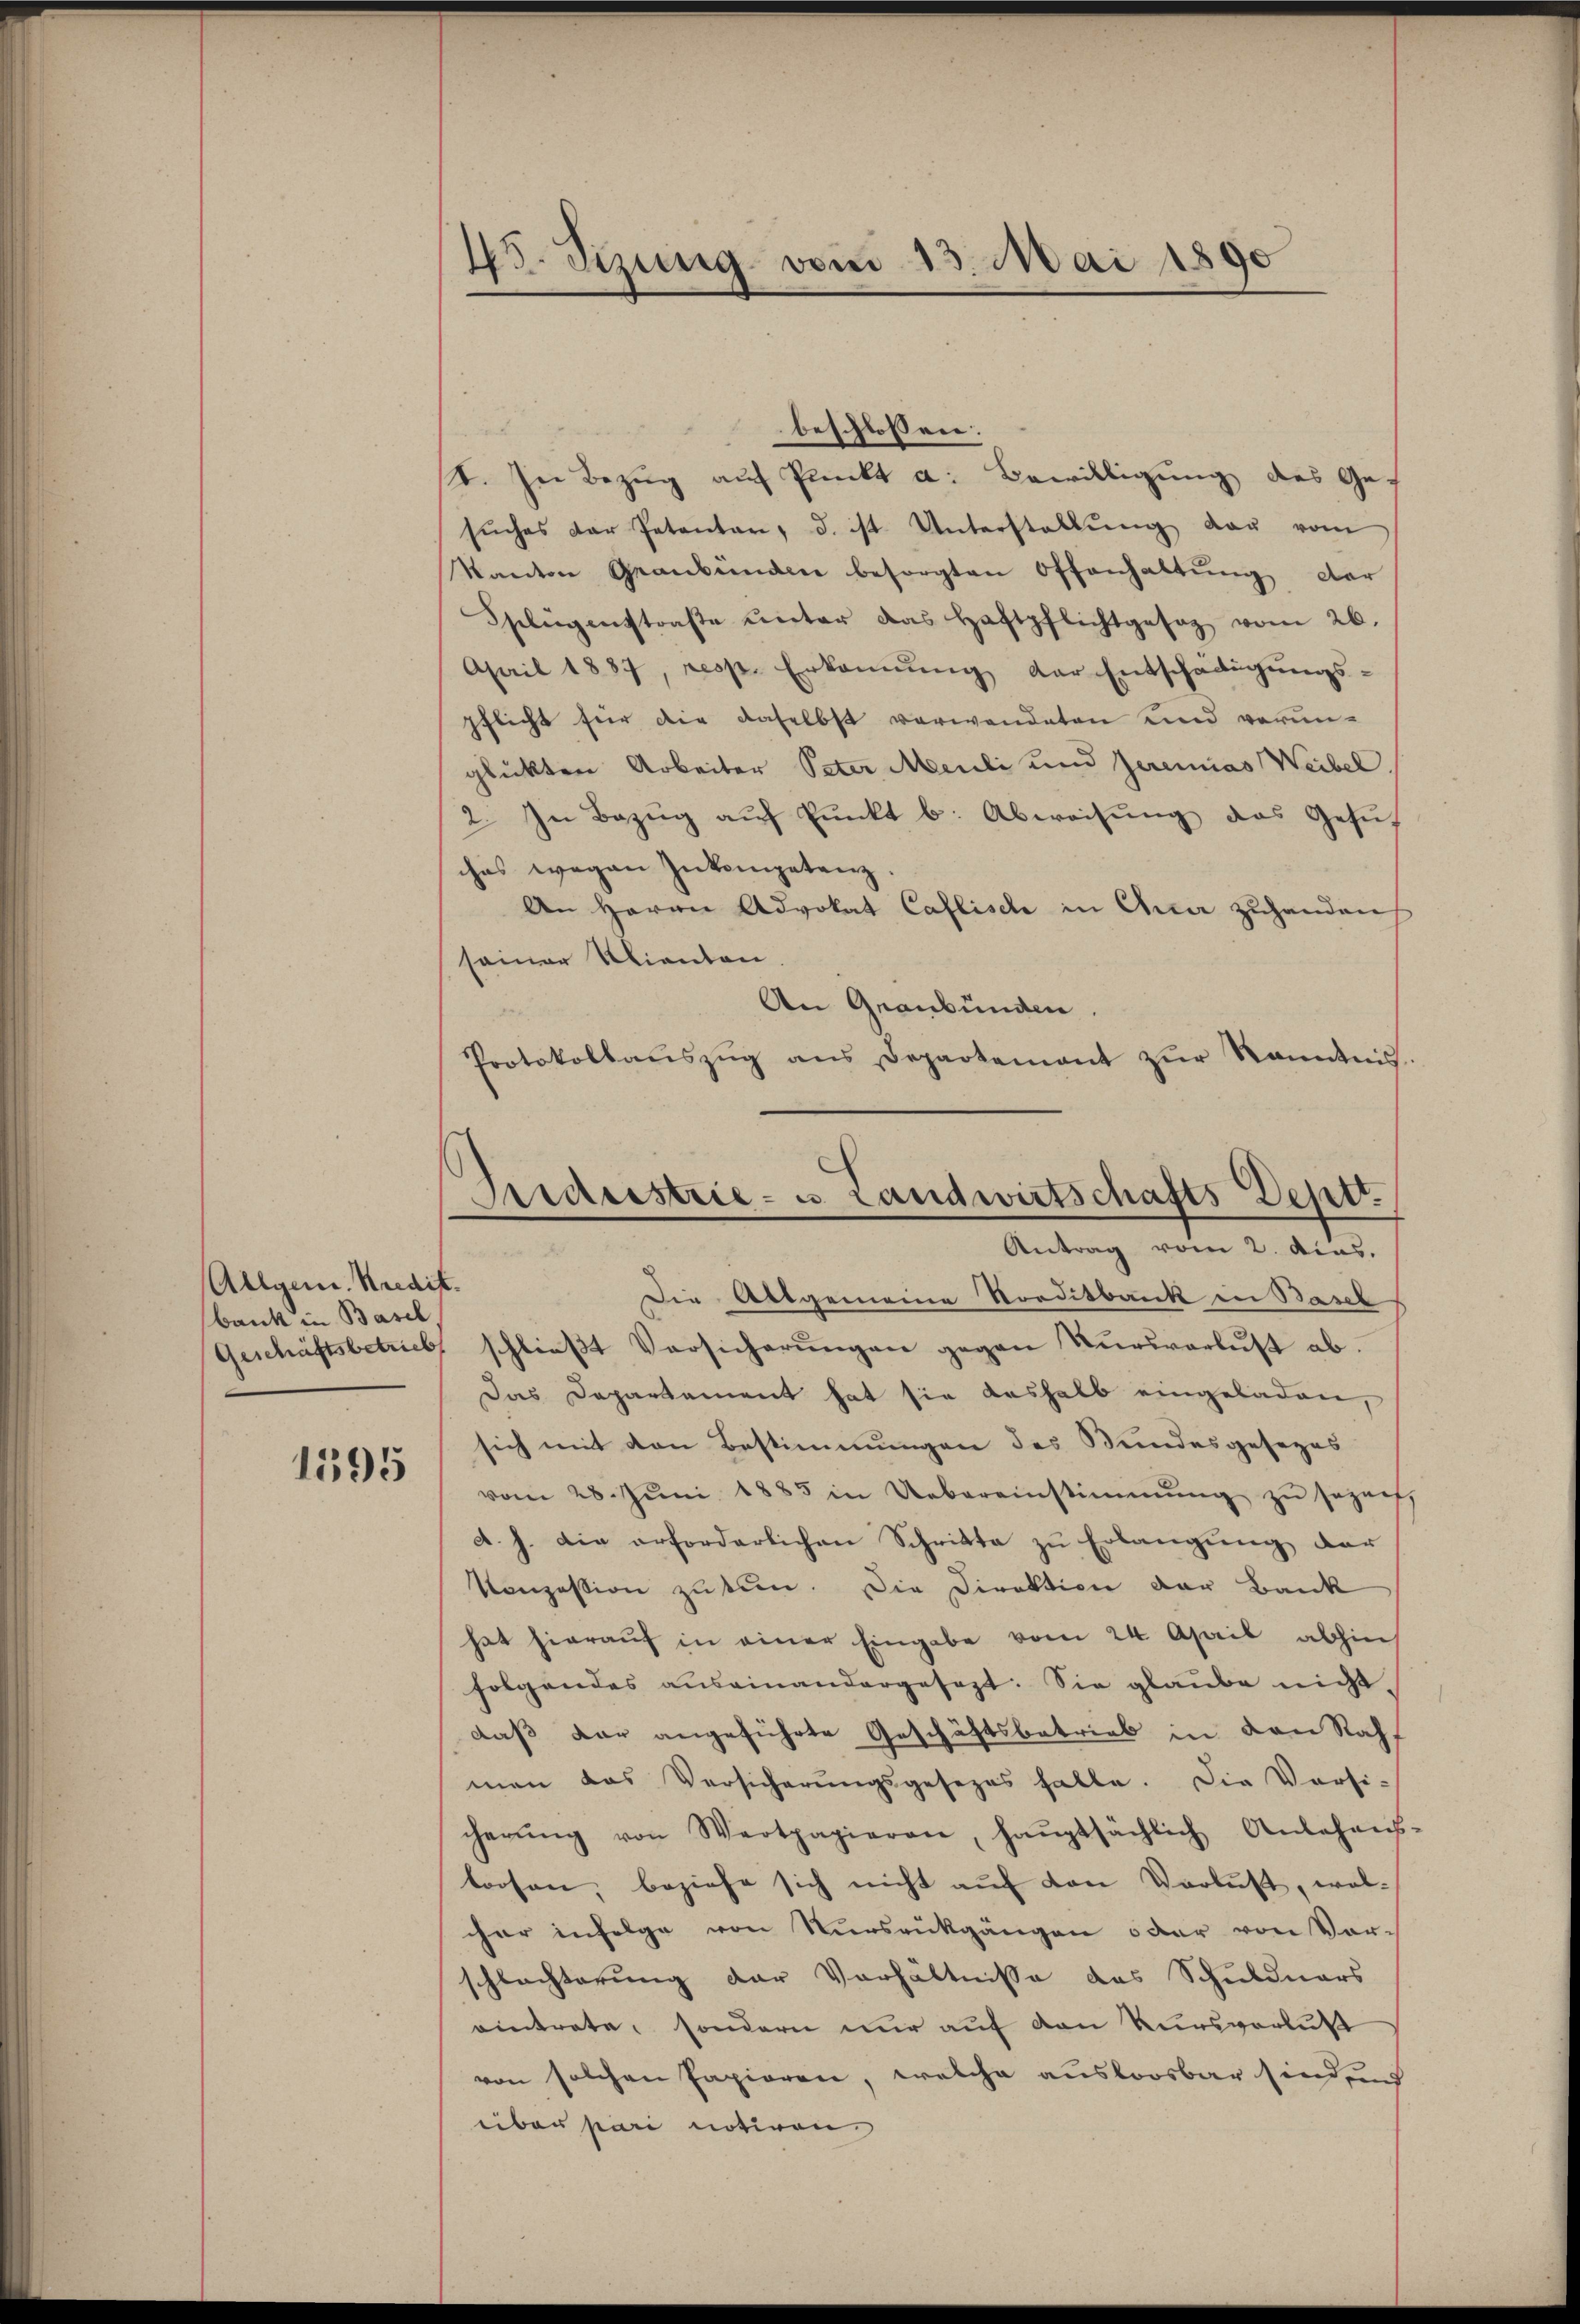
Allgem. Kredit.
bank in Basel
1595

45. Sezung vom 13. Mai 1890

I. In Bezug auf Punkt a. Bewilligung des Ges
sŭches der Petenten, d. ist Unterstallŭng der vom
Kanton Graubünden besorgten Offenhaltŭng dar
Splügenstraβe ŭnter das Haftpflichtgesag vom 26.
April 1887, resp. Erkannŭng der Entschädigŭngs-
pflicht für die daselbst verwendeten und vorunglückten Arbeiter Peter Meili und Jeremias Weibel.
2. In Bezug auf Punkt b. Abweisung des Gesuc
ches wegen Inkompetenz.
An Herrn Advokat Caflisch in Quai zuhanden
seiner Klienten.
An Graubünden.
Protokollaŭszŭg ans Departement zŭr Kenntnis.

beschlossen:

Snedeestrie- u Landwirtschafts Deptt.
Antrag vom 2. Ains.

Die Allgemeine Norditbank in Basl
Geschäftsbetrieb schlieβt Versicherŭngen gegen Kursverlust ab.
Das Departement hat sie deshalb eingeladen,
sich mit den Bestimmungen des Bundesgesezes
vom 28. Jŭni 1885 in Uebereinstimmung zŭ sezeit,
d. J. die erforderlichen Schritte zu Erlangung der
Konzession zu tun. Die Direktion der Bank
hat hieraŭf in einer Eingabe vom 24. April abhin
folgendes auseinandergesezt. Sie glaube nicht.
daß der angeführte Geschäftsbetrieb in den Rahf
man das Versicherŭngsgesezes falle. Die Versi-
cherŭng von Wertpapieren, haŭptsächlich Anlehens-
loosen, beziehe sich nicht auf den Verlust, welcher infolge von Nürsrückgängen oder von Vor-
schlachterung der Verhältnisse des Schuldners
eintrete, sondern nur auf den Kursverlust
von solchen Papieren, welche ausloosbar sind und
über pari notiren.